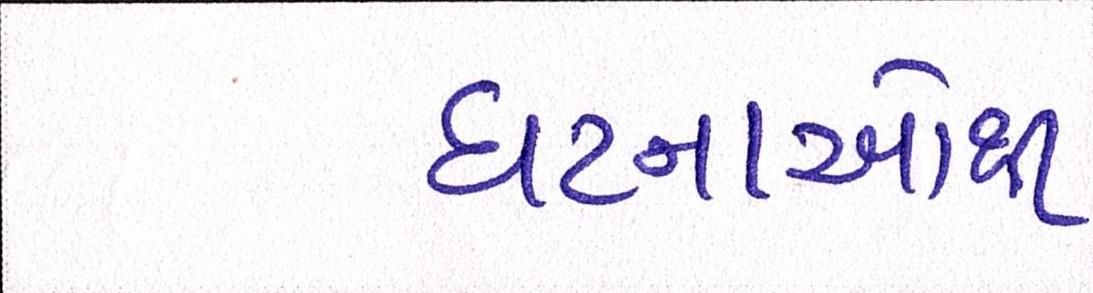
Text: ઘટનાઓથી